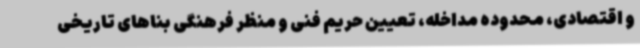
و اقتصادی، محدوده مداخله، تعیین حریم فنی و منظر فرهنگی بناهای تاریخی